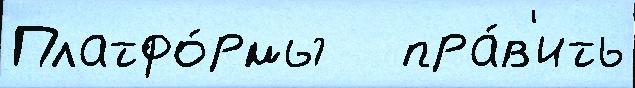
Платфо́рмы   пра́в'ить